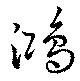
鴻